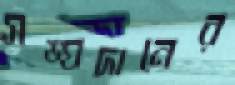
সঙ্ঘদানের